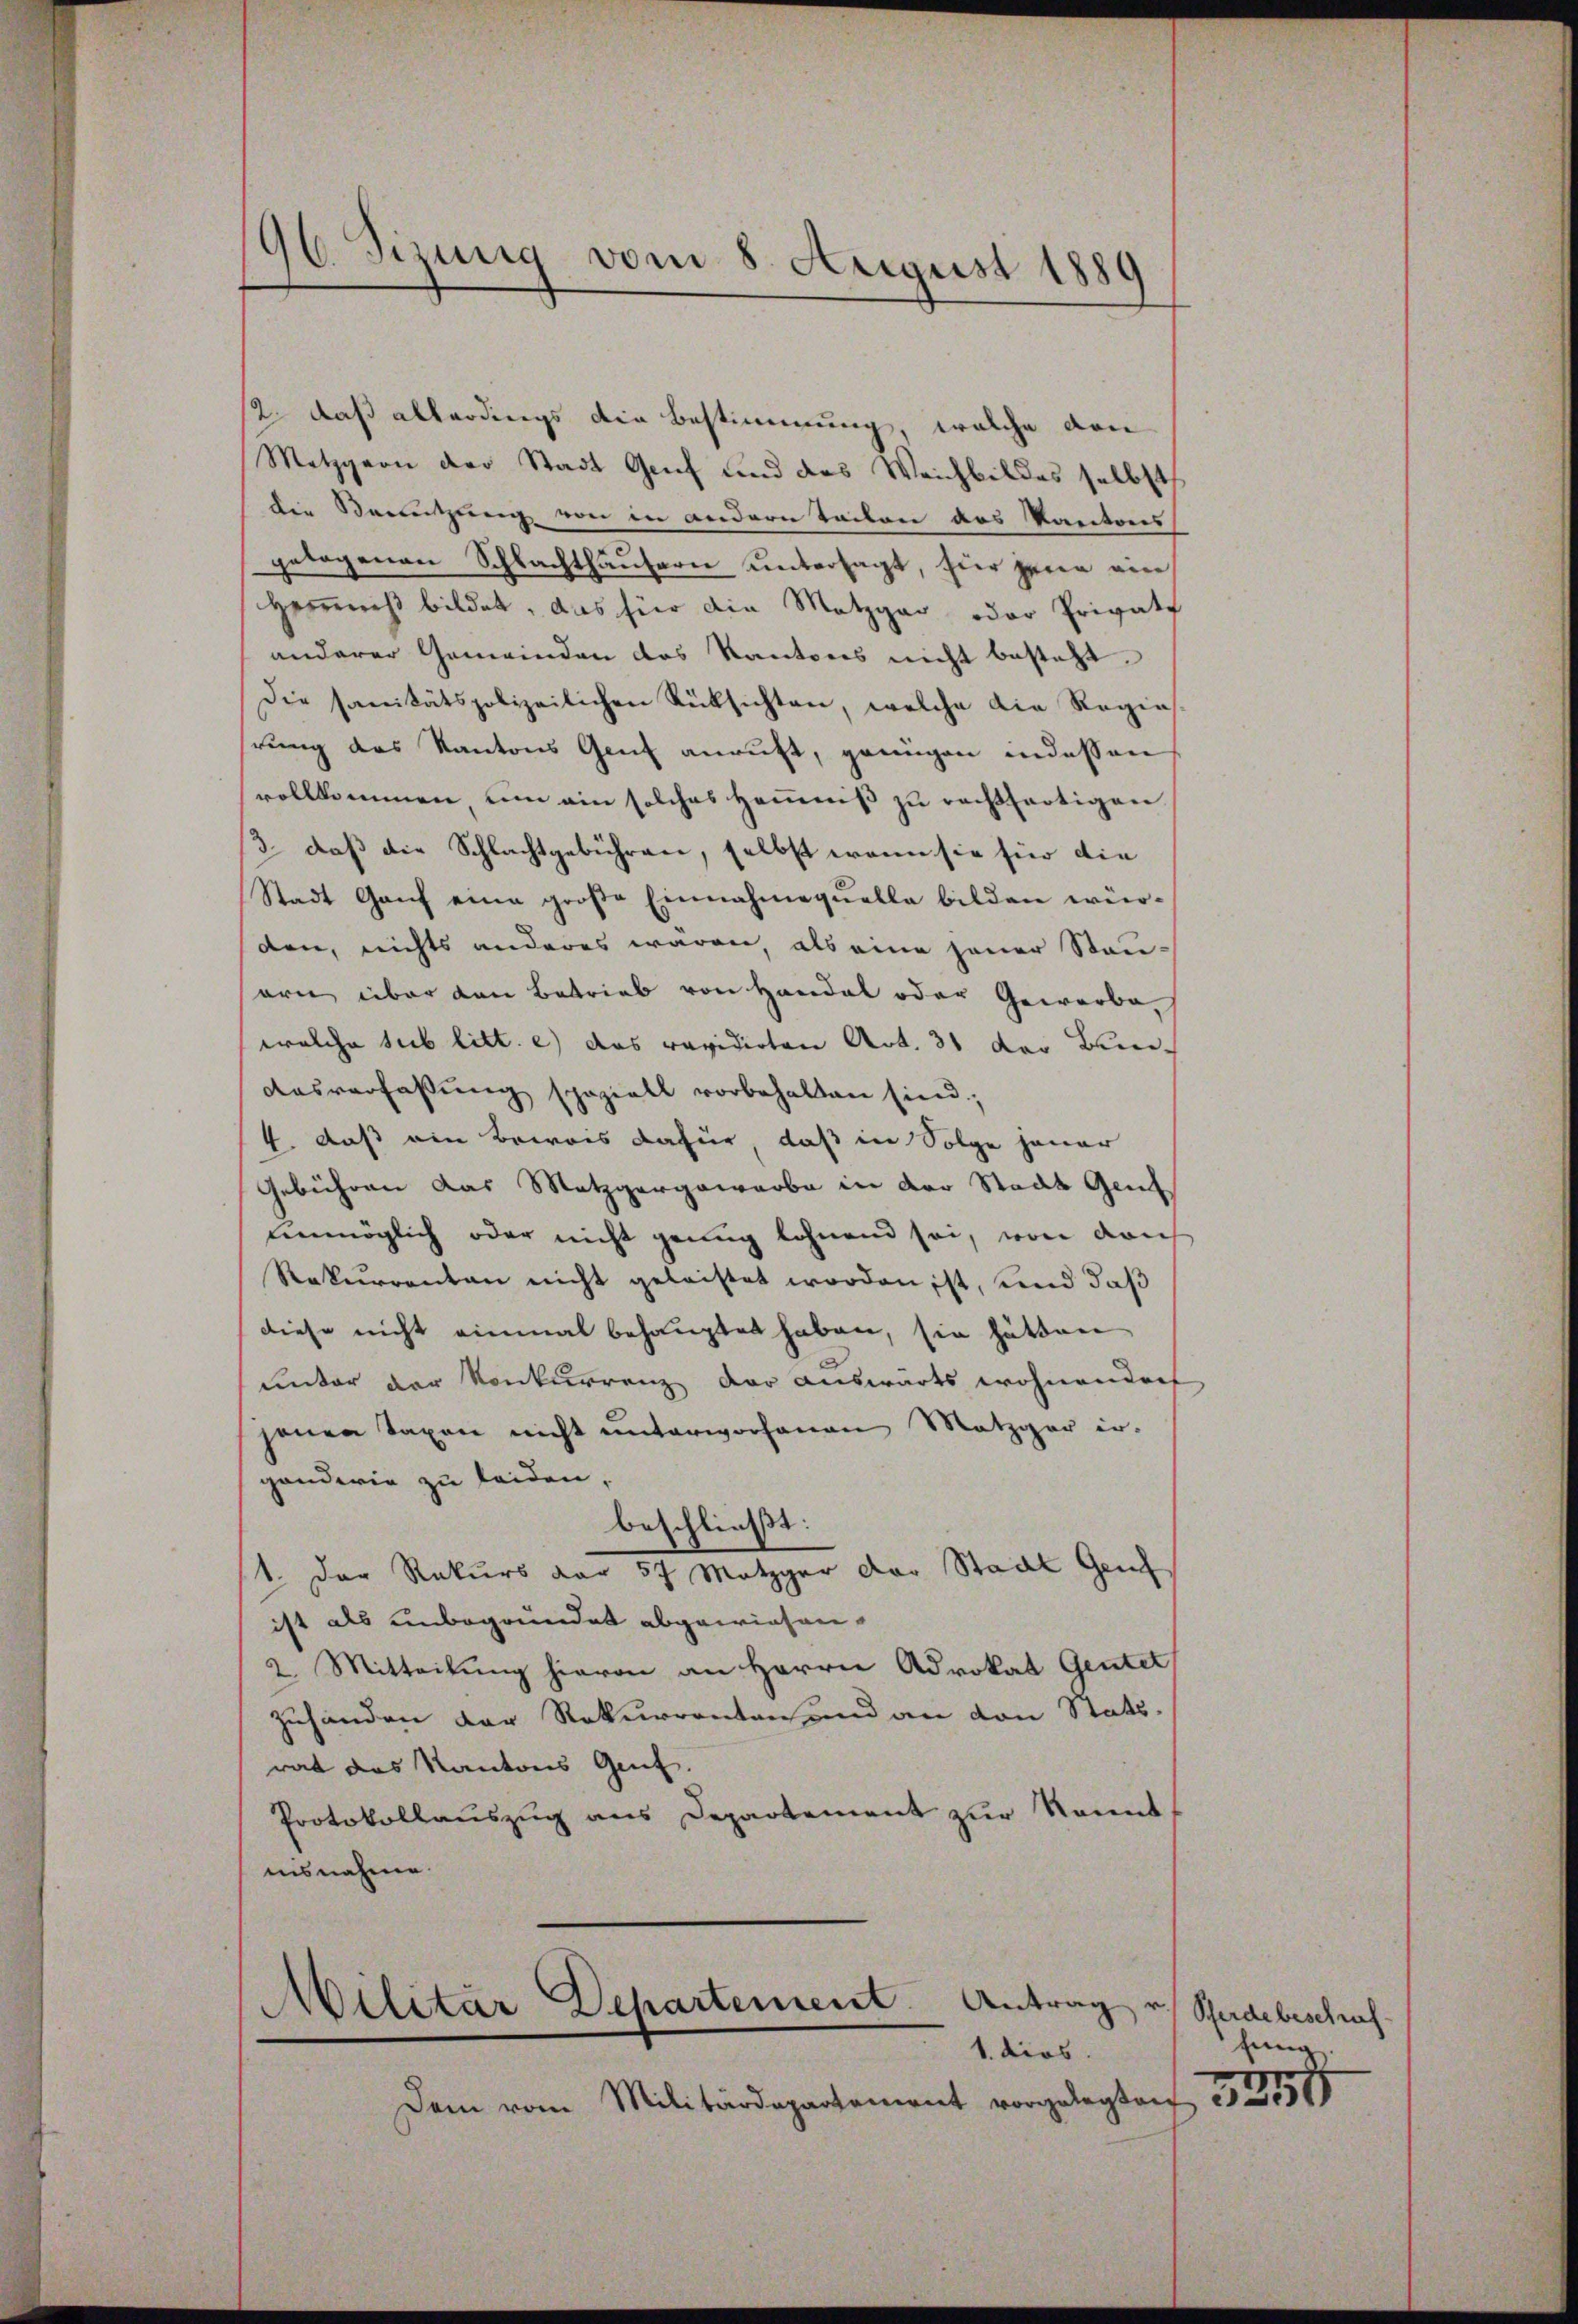
96. Sizung vom 8. August 1889

12. daß allerdings die Bestimmung, welche dan
Metzgern der Stadt Genf und des Weichbildes selbst
die Benutzung von in andern Teilen des Kantons
getagenen Schlachthäusern untersagt, hier jene ein
Herreis bildet, das für die Metzgar oder Private
anderer Gemeinden das Kantons nicht besteht.
Die sanitätspolizeilichen Rüksichten, welche die Regie
hrung des Kantons Genf anruft, genügen indessen
vollkommen um ein solches Heims zu rechtfertigen
3. daß die Schlachtgebühren, selbst wenn sie für die
Stadt Ganz eine große Einnahmequelle bilden würden, nichts anderes wären, als eine jener Stau-
sern über den Betrieb von Handel oder Gewerbe,
welche sub litt. e) das revidirten Art. 31 der Bun¬
Ausverfassung speziell vorbehalten sind;
4. daß ein Beweis dafür, daß in Folge jener
Gebühren das Metzgergewarbe in der Stadt Gen
unmöglich oder nicht genug lohnend sei, von doch
Rekurrenten nicht geleistet worden ist, und daß
diese nicht einmal behauptet haben, sie hätten
unter der Konkurrenz der auswärts wohnenden
jenen Taxen nicht unterworfenen Metzger er-
ganderie zu leiden,
beschließt:
1. Der Rekurs dar 57, Metzger der Staat Gef
ist als unbegründet abgewiesen.
2. Mitteilung hievon an Herrn Advokat Genter,
zuhanden der Rekurrenten und an den Stattrat das Kantons Genf.
Protokollauszug aus Departement zur konnt
isnahme.

Dem vom Militärdepartement vorgelegten

Militär Departement. Antrag v. Studebeschus
1. dies

fung.
3255